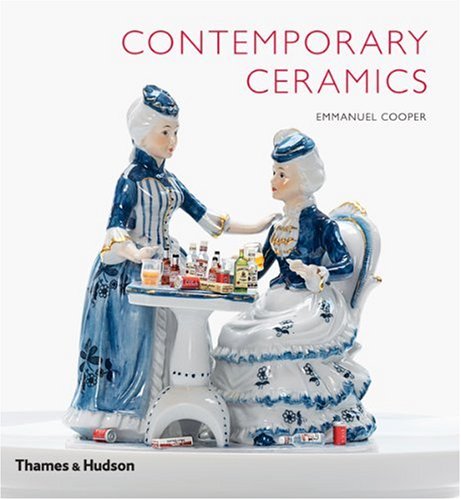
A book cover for Contemporary Ceramics; Emmanuel Cooper; Crafts, Hobbies & Home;